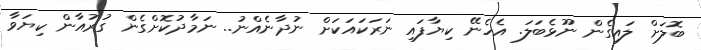
ބޮލަށް ލައިގެން ނޫޅެބަލަ. އެހެނޭ ކިޔާފައި ނަރަކައަކަށް ނުދާނެއްނު.. ނަމާދުކޮށްގެން ގުރުއާން ކިޔަވާ